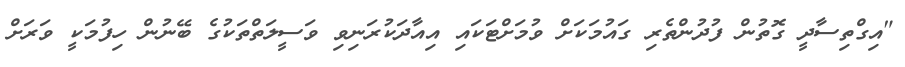
"އިގްތިސާދީ ގޮތުން ފުދުންތެރި ގައުމަކަށް ވުމަށްޓަކައި އިއާދަކުރަނިވި ވަސީލަތްތަކުގެ ބޭނުން ހިފުމަކީ ވަރަށް